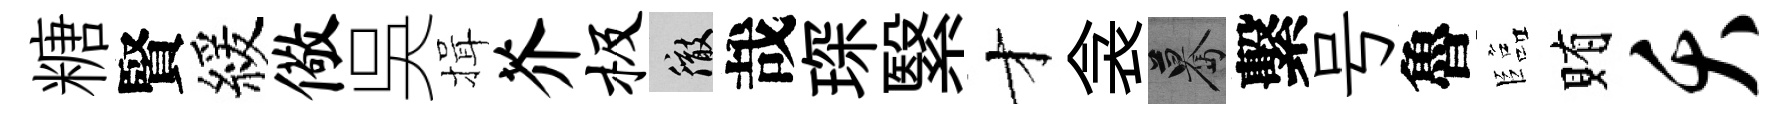
糖賢緩儆吳揖芥极徹哉琛繄才衾驀繫号魯臨賄夭